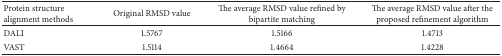
<table><thead><tr><td><b>Protein structurealignment methods</b></td><td><b>Original RMSD value</b></td><td><b>The average RMSD value refined by bipartite matching</b></td><td><b>The average RMSD value after the proposed refinement algorithm</b></td></tr></thead><tbody><tr><td>DALI</td><td>1.5767</td><td>1.5166</td><td>1.4713</td></tr><tr><td>VAST</td><td>1.5114</td><td>1.4664</td><td>1.4228</td></tr></tbody></table>